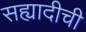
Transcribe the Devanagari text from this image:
सह्यादीची